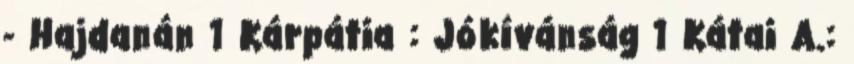
- Hajdanán 1 Kárpátia : Jókívánság 1 Kátai A.: